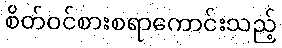
စိတ်ဝင်စားစရာကောင်းသည့်